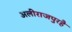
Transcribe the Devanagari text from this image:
अलीराजपुरहै